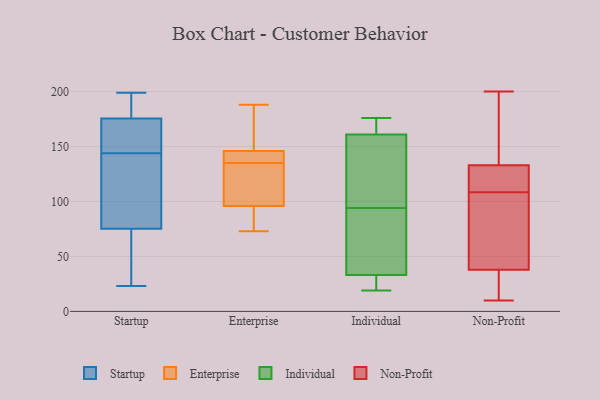
{"axis": {"x": "Demand Index", "y": "Value"}, "legend": ["Enterprise", "Individual", "Non-Profit", "Startup"], "data": [{"x": "", "y": 159, "type": "Startup"}, {"x": "", "y": 116, "type": "Startup"}, {"x": "", "y": 75, "type": "Startup"}, {"x": "", "y": 190, "type": "Startup"}, {"x": "", "y": 197, "type": "Startup"}, {"x": "", "y": 44, "type": "Startup"}, {"x": "", "y": 109, "type": "Startup"}, {"x": "", "y": 181, "type": "Startup"}, {"x": "", "y": 113, "type": "Startup"}, {"x": "", "y": 147, "type": "Startup"}, {"x": "", "y": 193, "type": "Startup"}, {"x": "", "y": 76, "type": "Startup"}, {"x": "", "y": 199, "type": "Startup"}, {"x": "", "y": 158, "type": "Startup"}, {"x": "", "y": 144, "type": "Startup"}, {"x": "", "y": 52, "type": "Startup"}, {"x": "", "y": 158, "type": "Startup"}, {"x": "", "y": 23, "type": "Startup"}, {"x": "", "y": 26, "type": "Startup"}, {"x": "", "y": 129, "type": "Enterprise"}, {"x": "", "y": 123, "type": "Enterprise"}, {"x": "", "y": 73, "type": "Enterprise"}, {"x": "", "y": 141, "type": "Enterprise"}, {"x": "", "y": 141, "type": "Enterprise"}, {"x": "", "y": 188, "type": "Enterprise"}, {"x": "", "y": 159, "type": "Enterprise"}, {"x": "", "y": 96, "type": "Enterprise"}, {"x": "", "y": 83, "type": "Enterprise"}, {"x": "", "y": 146, "type": "Enterprise"}, {"x": "", "y": 161, "type": "Individual"}, {"x": "", "y": 176, "type": "Individual"}, {"x": "", "y": 87, "type": "Individual"}, {"x": "", "y": 33, "type": "Individual"}, {"x": "", "y": 101, "type": "Individual"}, {"x": "", "y": 154, "type": "Individual"}, {"x": "", "y": 27, "type": "Individual"}, {"x": "", "y": 19, "type": "Individual"}, {"x": "", "y": 164, "type": "Individual"}, {"x": "", "y": 72, "type": "Individual"}, {"x": "", "y": 38, "type": "Non-Profit"}, {"x": "", "y": 187, "type": "Non-Profit"}, {"x": "", "y": 133, "type": "Non-Profit"}, {"x": "", "y": 22, "type": "Non-Profit"}, {"x": "", "y": 161, "type": "Non-Profit"}, {"x": "", "y": 113, "type": "Non-Profit"}, {"x": "", "y": 104, "type": "Non-Profit"}, {"x": "", "y": 200, "type": "Non-Profit"}, {"x": "", "y": 121, "type": "Non-Profit"}, {"x": "", "y": 124, "type": "Non-Profit"}, {"x": "", "y": 20, "type": "Non-Profit"}, {"x": "", "y": 79, "type": "Non-Profit"}, {"x": "", "y": 10, "type": "Non-Profit"}, {"x": "", "y": 42, "type": "Non-Profit"}]}